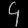
Digit: ၄